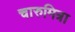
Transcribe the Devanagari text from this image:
चारुमित्रा